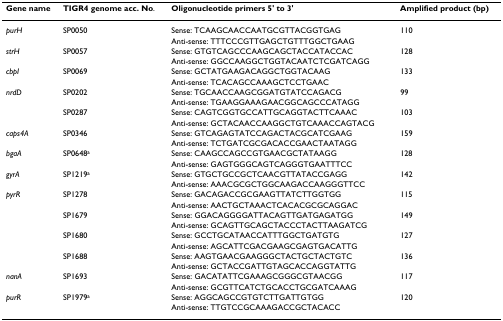
<table><thead><tr><td><b>Gene name</b></td><td><b>TIGR4 genome acc. No.</b></td><td><b>Oligonucleotide primers 5&#x27; to 3&#x27;</b></td><td><b>Amplified product (bp)</b></td></tr></thead><tbody><tr><td><i>purH</i></td><td>SP0050</td><td>Sense: TCAAGCAACCAATGCGTTACGGTGAG</td><td>110</td></tr><tr><td></td><td></td><td>Anti-sense: TTTCCCGTTGAGCTGTTTGGCTGAAG</td><td></td></tr><tr><td><i>strH</i></td><td>SP0057</td><td>Sense: GTGTCAGCCCAAGCAGCTACCATACCAC</td><td>128</td></tr><tr><td></td><td></td><td>Anti-sense: GGCCAAGGCTGGTACAATCTCGATCAGG</td><td></td></tr><tr><td><i>cbpI</i></td><td>SP0069</td><td>Sense: GCTATGAAGACAGGCTGGTACAAG</td><td>133</td></tr><tr><td></td><td></td><td>Anti-sense: TCACAGCCAAAGCTCCTGAAC</td><td></td></tr><tr><td><i>nrdD</i></td><td>SP0202</td><td>Sense: TGCAACCAAGCGGATGTATCCAGACG</td><td>99</td></tr><tr><td></td><td></td><td>Anti-sense: TGAAGGAAAGAACGGCAGCCCATAGG</td><td></td></tr><tr><td></td><td>SP0287</td><td>Sense: CAGTCGGTGCCATTGCAGGTACTTCAAAC</td><td>103</td></tr><tr><td></td><td></td><td>Anti-sense: GCTACAACCAAGGCTGTCAAACCAGTACG</td><td></td></tr><tr><td><i>caps4A</i></td><td>SP0346</td><td>Sense: GTCAGAGTATCCAGACTACGCATCGAAG</td><td>159</td></tr><tr><td></td><td></td><td>Anti-sense: TCTGATCGCGACACCGAACTAATAGG</td><td></td></tr><tr><td><i>bgaA</i></td><td>SP0648<sup>a</sup></td><td>Sense: CAAGCCAGCCGTGAACGCTATAAGG</td><td>128</td></tr><tr><td></td><td></td><td>Anti-sense: GAGTGGGCAGTCAGGGTGAATTTCC</td><td></td></tr><tr><td><i>gyrA</i></td><td>SP1219<sup>a</sup></td><td>Sense: GTGCTGCCGCTCAACGTTATACCGAGG</td><td>142</td></tr><tr><td></td><td></td><td>Anti-sense: AAACGCGCTGGCAAGACCAAGGGTTCC</td><td></td></tr><tr><td><i>pyrR</i></td><td>SP1278</td><td>Sense: GACAGACCGCGAAGTTATCTTGGTGG</td><td>115</td></tr><tr><td></td><td></td><td>Anti-sense: AACTGCTAAACTCACACGCGCAGGAC</td><td></td></tr><tr><td></td><td>SP1679</td><td>Sense: GGACAGGGGATTACAGTTGATGAGATGG</td><td>149</td></tr><tr><td></td><td></td><td>Anti-sense: GCAGTTGCAGCTACCCTACTTAAGATCG</td><td></td></tr><tr><td></td><td>SP1680</td><td>Sense: GCCTGCATAACCATTTGGCTGATGTG</td><td>127</td></tr><tr><td></td><td></td><td>Anti-sense: AGCATTCGACGAAGCGAGTGACATTG</td><td></td></tr><tr><td></td><td>SP1688</td><td>Sense: AAGTGAACGAAGGGCTACTGCTACTGTC</td><td>136</td></tr><tr><td></td><td></td><td>Anti-sense: GCTACCGATTGTAGCACCAGGTATTG</td><td></td></tr><tr><td><i>nanA</i></td><td>SP1693</td><td>Sense: GACATATTCGAAAGCGGGCGTAACGG</td><td>117</td></tr><tr><td></td><td></td><td>Anti-sense: GCGTTCATCTGCACCTGCGATCAAAG</td><td></td></tr><tr><td><i>purR</i></td><td>SP1979<sup>a</sup></td><td>Sense: AGGCAGCCGTGTCTTGATTGTGG</td><td>120</td></tr><tr><td></td><td></td><td>Anti-sense: TTGTCCGCAAAGACCGCTACACC</td><td></td></tr></tbody></table>